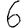
Digit: 6